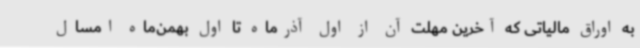
به اوراق مالیاتی که آخرین مهلت آن از اول آذرماه تا اول بهمن‌ماه امسال